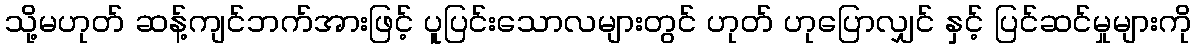
သို့မဟုတ် ဆန့်ကျင်ဘက်အားဖြင့် ပူပြင်းသောလများတွင် ဟုတ် ဟုပြောလျှင် နှင့် ပြင်ဆင်မှုများကို